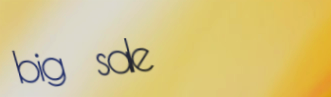
big sale